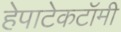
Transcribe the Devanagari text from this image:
हेपाटेकटॉमी